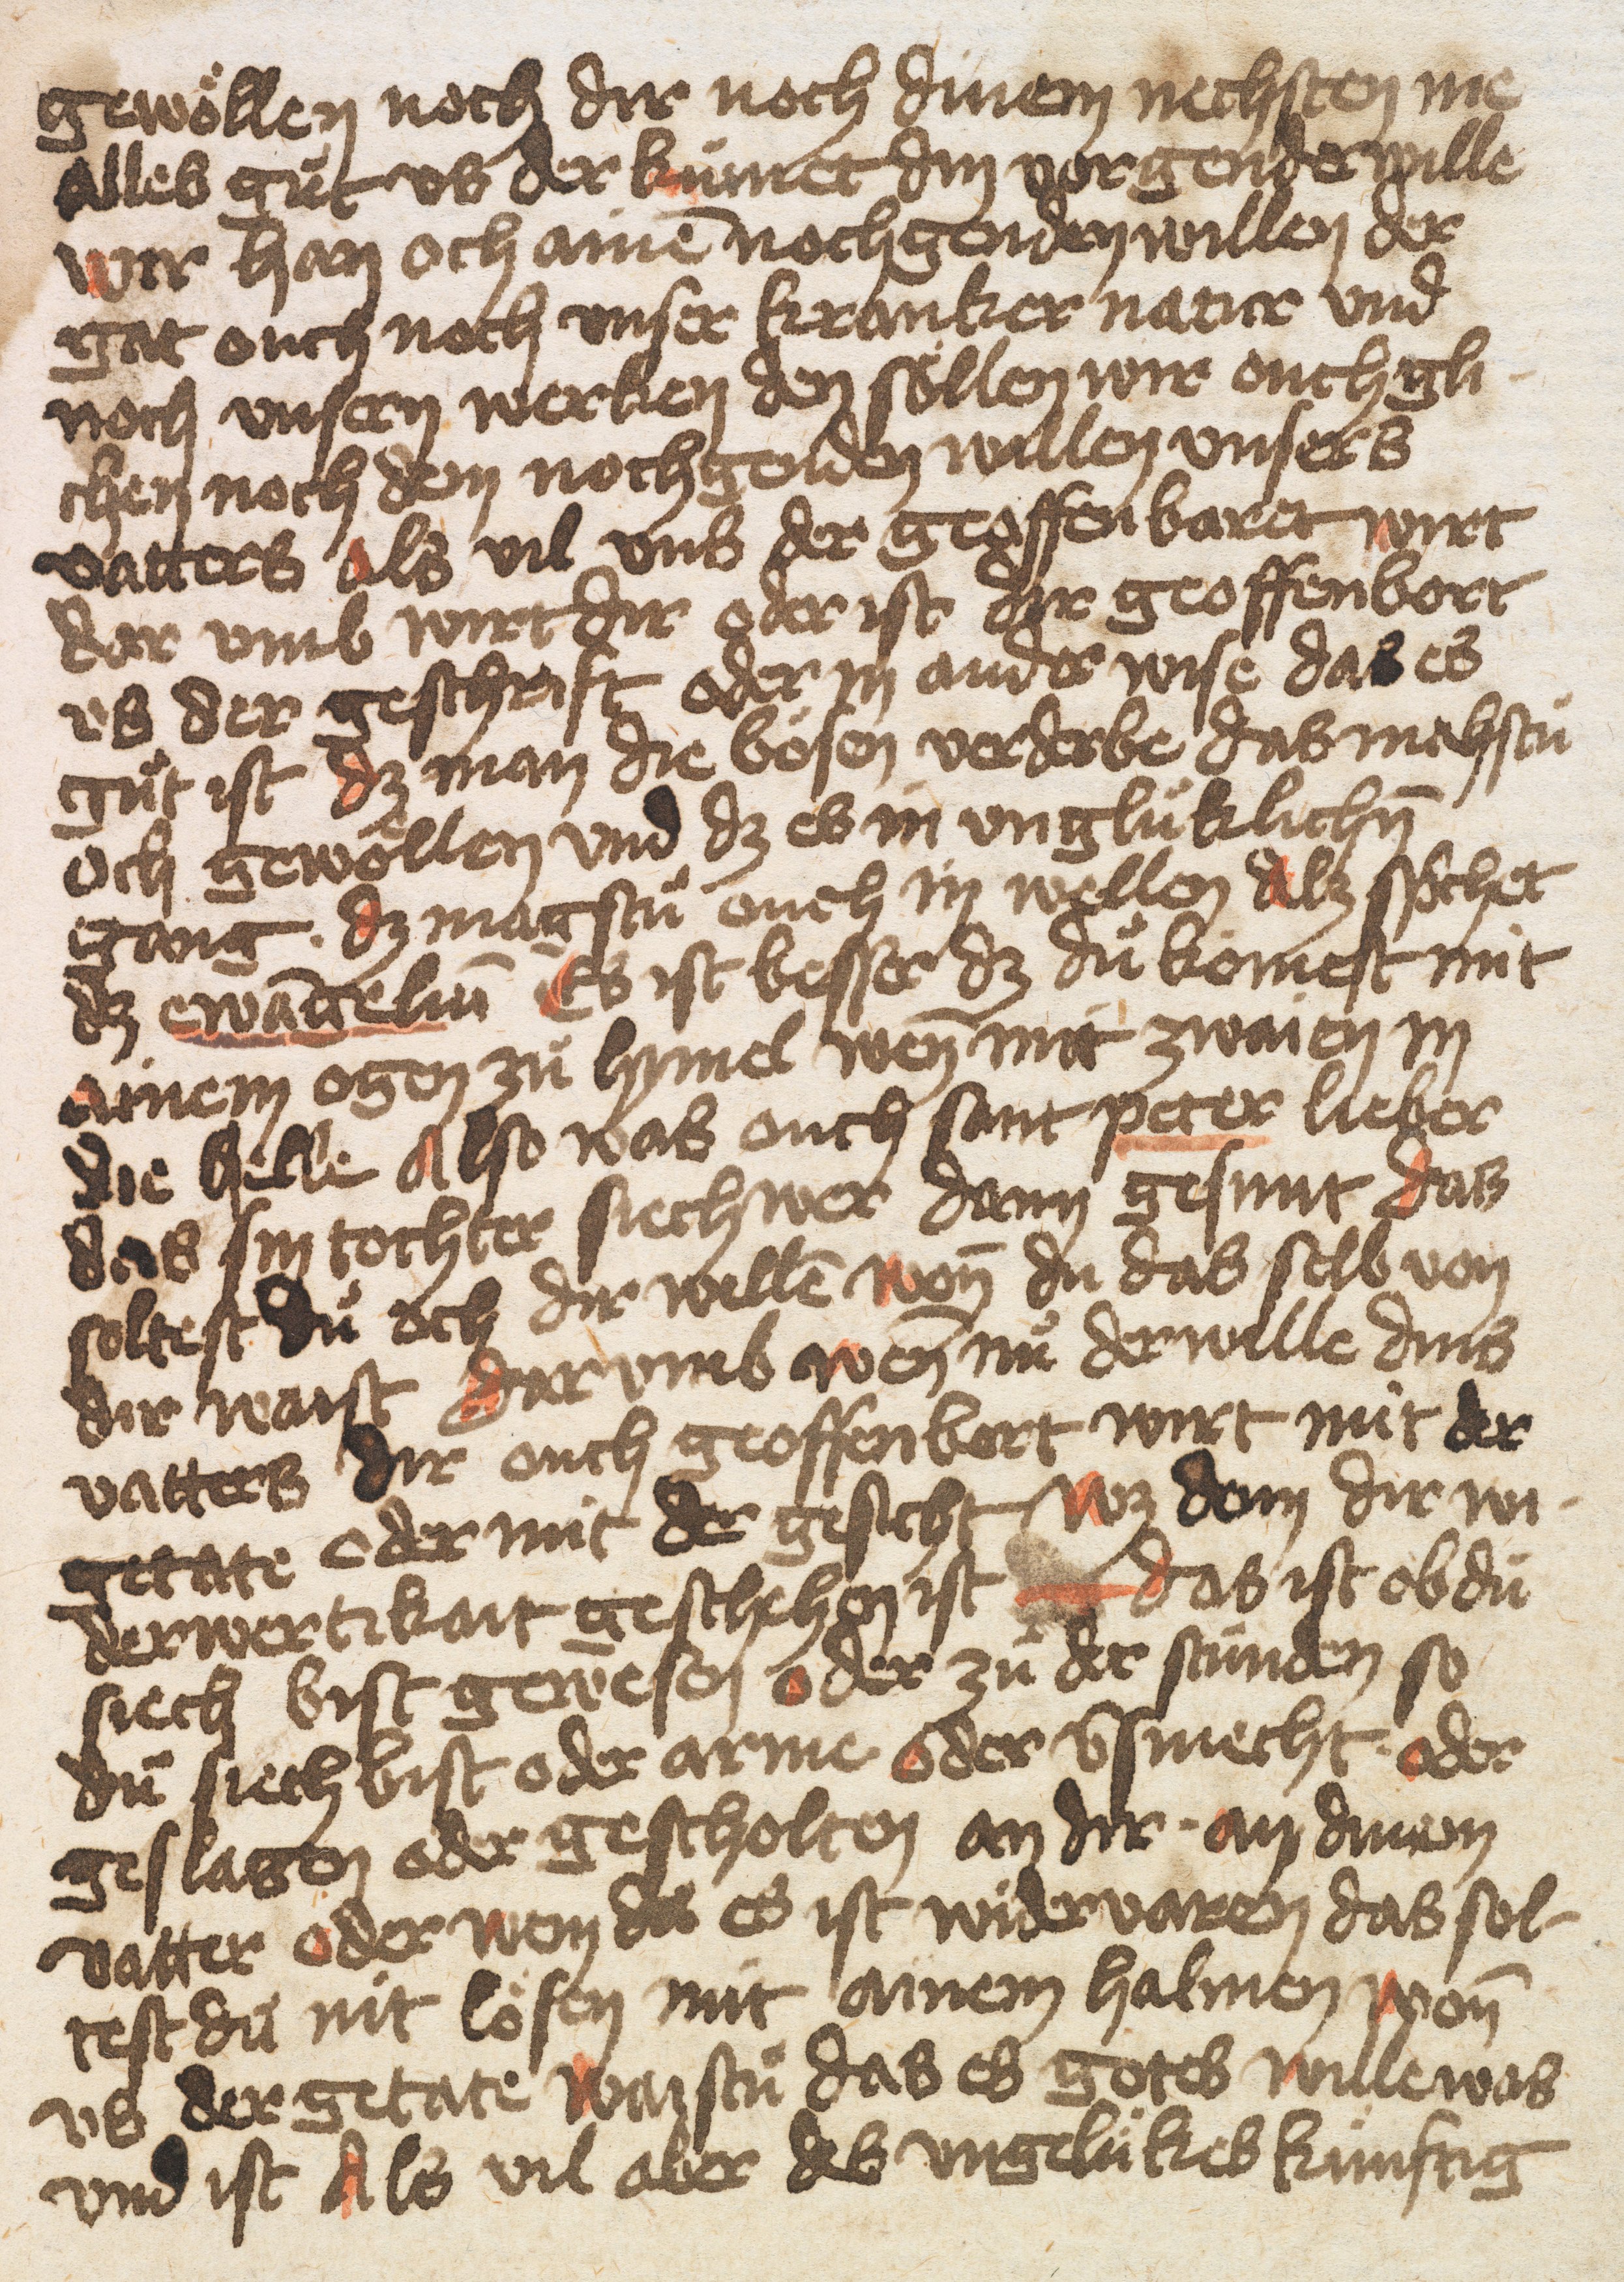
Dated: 1432–1436